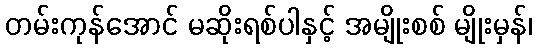
တမ်းကုန်အောင် မဆိုးရစ်ပါနှင့် အမျိုးစစ် မျိုးမှန်၊